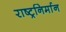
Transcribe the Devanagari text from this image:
राष्ट्रनिर्मान